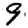
Digit: 9